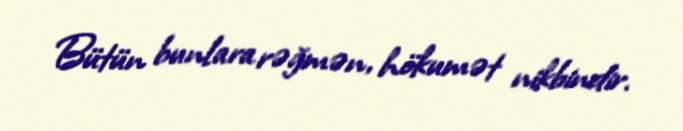
Bütün bunlara rəğmən, hökumət nikbindir.